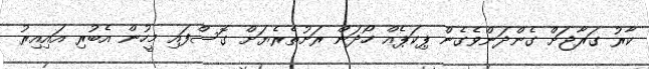
ކާރު ގަރާޖަށް ގެންދަންވެގެން ޕިކަޕެއް ހޯދަން ރަށުތެރެޔަށް ގޮސްފައި މީހުން އެބުރި އައިއިރު